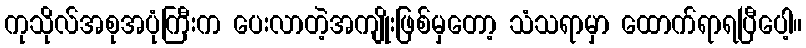
ကုသိုလ်အစုအပုံကြီးက ပေးလာတဲ့အကျိုးဖြစ်မှတော့ သံသရာမှာ ထောက်ရာရပြီပေါ့။